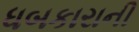
ધબકારાની